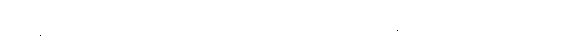
အခွန်တိမ်းရှောင်မှုမှာ ပတ်သက်တာကြောင့် ပြီးခဲ့တဲ့ အောက်တိုဘာလက စပြီး